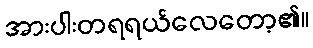
အားပါးတရရယ်လေတော့၏။